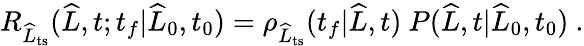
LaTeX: \begin{array}{r}{R_{\widehat{L}_{\mathrm{ts}}}(\widehat{L},t;t_{f}|\widehat{L}_{0},t_{0})=\rho_{\widehat{L}_{\mathrm{ts}}}(t_{f}|\widehat{L},t)\ P(\widehat{L},t|\widehat{L}_{0},t_{0})\ .}\end{array}